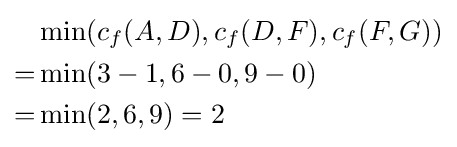
{\begin{aligned}&\min(c_{f}(A,D),c_{f}(D,F),c_{f}(F,G))\\=&\min(3-1,6-0,9-0)\\=&\min(2,6,9)=2\end{aligned}}